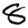
Digit: 8